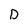
Character: D